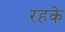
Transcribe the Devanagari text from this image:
रहके